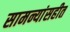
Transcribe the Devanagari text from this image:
सामन्यांसहीत